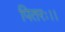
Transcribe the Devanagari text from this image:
पितरः।।